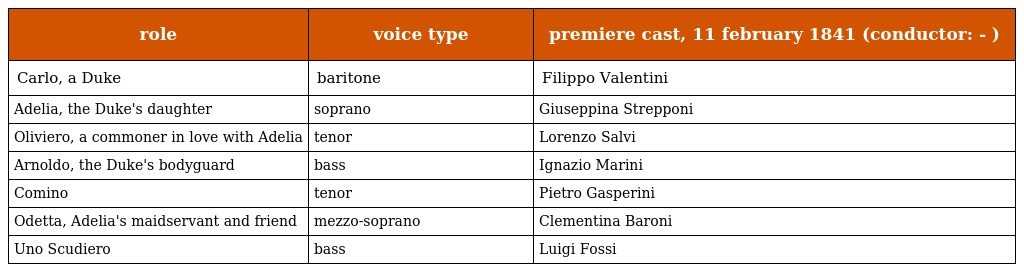
| role | voice type | premiere cast, 11 february 1841 (conductor: - ) |
 | --- | --- | --- |
 | Carlo, a Duke | baritone | Filippo Valentini |
 | Adelia, the Duke's daughter | soprano | Giuseppina Strepponi |
 | Oliviero, a commoner in love with Adelia | tenor | Lorenzo Salvi |
 | Arnoldo, the Duke's bodyguard | bass | Ignazio Marini |
 | Comino | tenor | Pietro Gasperini |
 | Odetta, Adelia's maidservant and friend | mezzo-soprano | Clementina Baroni |
 | Uno Scudiero | bass | Luigi Fossi |